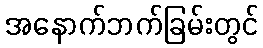
အနောက်ဘက်ခြမ်းတွင်